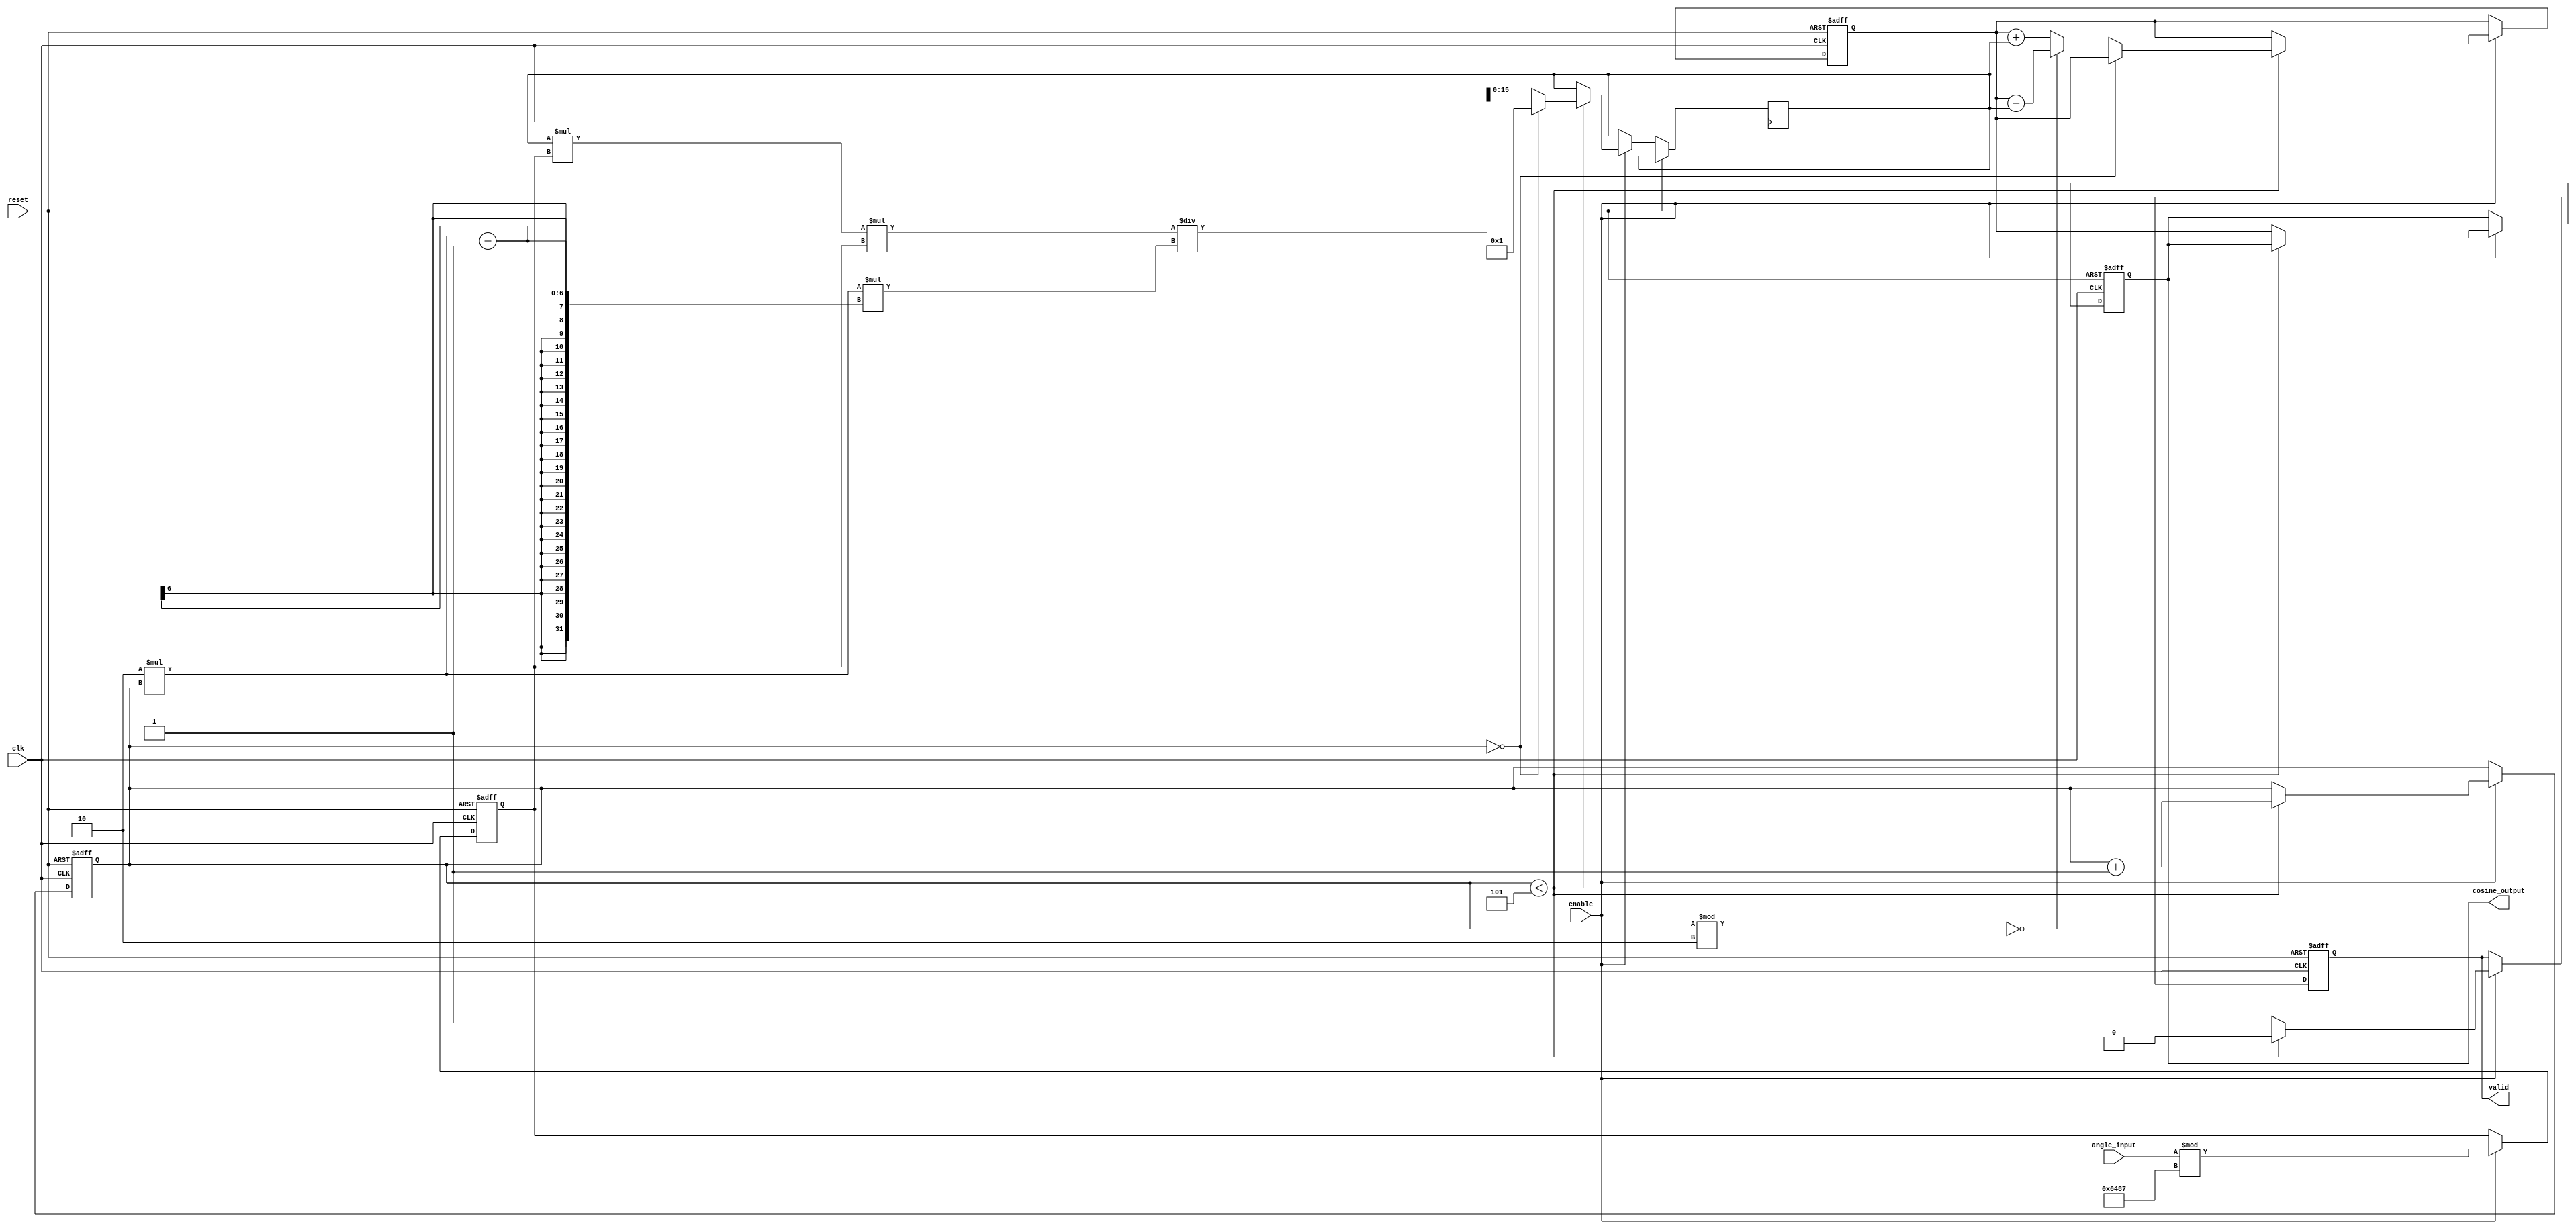
module cosine_block (
    input wire clk,
    input wire reset,
    input wire enable,
    input wire [15:0] angle_input, // 16-bit fixed-point input (in radians)
    output reg [15:0] cosine_output, // 16-bit fixed-point output
    output reg valid // Signal to indicate output is valid
);

    // Constants for Taylor series expansion
    parameter NUM_TERMS = 5; // Number of terms in the Taylor series
    parameter PI = 16'h3243; // Fixed-point representation of  (approximately 3.14159)
    parameter TWO_PI = 16'h6487; // Fixed-point representation of 2

    reg [15:0] angle_normalized; // Normalized angle
    reg [15:0] term; // Current term in the Taylor series
    reg [15:0] cosine_accum; // Accumulator for cosine value
    reg [3:0] term_count; // Counter for the number of terms computed

    // Normalize input angle to [0, 2]
    always @(posedge clk or posedge reset) begin
        if (reset) begin
            angle_normalized <= 16'd0;
        end else if (enable) begin
            angle_normalized <= angle_input % TWO_PI; // Normalize angle
        end
    end

    // Compute cosine using Taylor series
    always @(posedge clk or posedge reset) begin
        if (reset) begin
            cosine_output <= 16'd0;
            cosine_accum <= 16'd1; // cos(0) = 1
            term_count <= 4'd0;
            valid <= 1'b0;
        end else if (enable) begin
            if (term_count < NUM_TERMS) begin
                // Compute the next term in the series
                if (term_count == 0) begin
                    term <= 16'd1; // First term: 1
                end else begin
                    // Calculate term using Taylor series:
                    // term[n] = (-1)^n * (angle_normalized^(2n) / (2n)!)
                    // Here we only compute the value for the next term
                    term <= (term * angle_normalized * angle_normalized) / ((2 * term_count) * (2 * term_count - 1));
                    if (term_count % 2 == 0) begin
                        cosine_accum <= cosine_accum - term; // Subtract even terms
                    end else begin
                        cosine_accum <= cosine_accum + term; // Add odd terms
                    end
                end
                term_count <= term_count + 1;
                valid <= 1'b0; // Output not valid yet
            end else begin
                // Finished computing, output result
                cosine_output <= cosine_accum;
                valid <= 1'b1; // Output valid
            end
        end
    end

endmodule